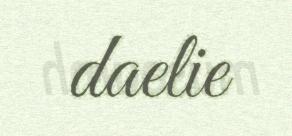
daelie